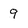
Character: 9